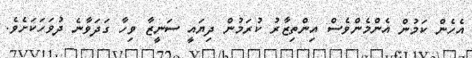
އެހެން ކަމުން އެންމެންވެސް އިންްތިޒާރު ކުރަމުން ދިޔައީ ސަނީޒާ ވިހާ ގަދަވާނެ ދުވަހަކަށެވެ.